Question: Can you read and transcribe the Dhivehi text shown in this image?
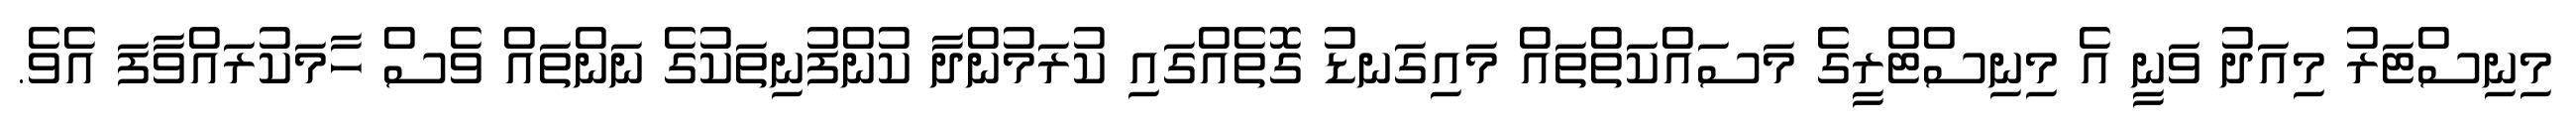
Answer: މިނިސްޓަރު މިއަދު ވަނީ އެ މިނިސްޓްރީގެ މަސައްކަތްތައް މައިގަނޑު ގޮތެއްގައި ކުރަމުންދާ ކުންފުނިތަކުގެ ނަންތައް ވެސް ހާމަކުރައްވާފަ އެވެ.